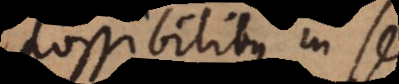
possibilibus in se